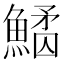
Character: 𩺠